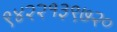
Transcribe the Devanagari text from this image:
९४२२१३९७२०